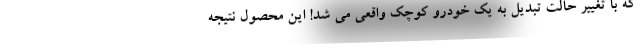
که با تغییر حالت تبدیل به یک خودرو کوچک واقعی می شد! این محصول نتیجه